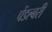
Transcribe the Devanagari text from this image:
पेंडल्बरी